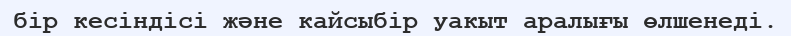
бір кесіндісі және кайсыбір уакыт аралығы өлшенеді.